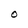
Character: O